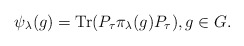
\begin{align*}\psi_\lambda(g)=\textrm{Tr}(P_\tau\pi_\lambda(g)P_\tau),g\in G.\end{align*}